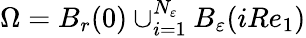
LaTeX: \Omega=B_{r}(0)\cup_{i=1}^{N_{\varepsilon}}B_{\varepsilon}(iRe_{1})